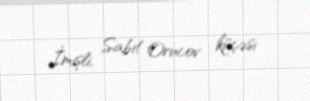
İmişli, Sabit Orucov küçəsi